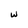
Character: w